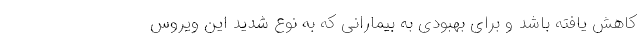
کاهش یافته باشد و برای بهبودی به بیمارانی که به نوع شدید این ویروس